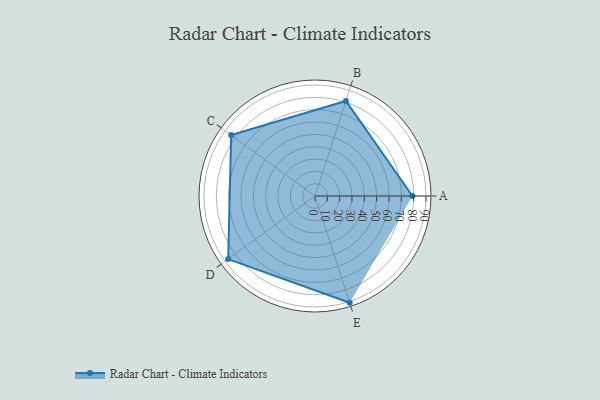
{"axis": {"x": "Skill", "y": "Score"}, "legend": ["Profile"], "data": [{"x": "A", "y": 79.0, "type": "Profile"}, {"x": "B", "y": 81.0, "type": "Profile"}, {"x": "C", "y": 84.0, "type": "Profile"}, {"x": "D", "y": 87.0, "type": "Profile"}, {"x": "E", "y": 91.0, "type": "Profile"}]}